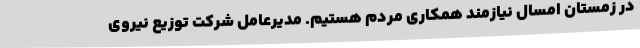
در زمستان امسال نیازمند همکاری مردم هستیم. مدیرعامل شرکت توزیع نیروی